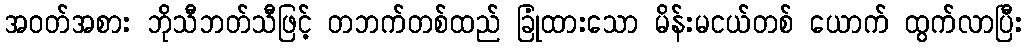
အဝတ်အစား ဘိုသီဘတ်သီဖြင့် တဘက်တစ်ထည် ခြုံထားသော မိန်းမငယ်တစ် ယောက် ထွက်လာပြီး